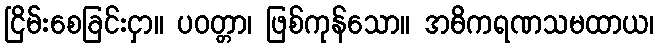
ငြိမ်းစေခြင်းငှာ။ ပဝတ္တာ၊ ဖြစ်ကုန်သော။ အဓိကရဏသမထာယ၊